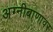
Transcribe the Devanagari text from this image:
अग्नीबाणावर